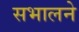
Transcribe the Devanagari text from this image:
सभालने